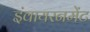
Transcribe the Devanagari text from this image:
इंवायरनमेंट